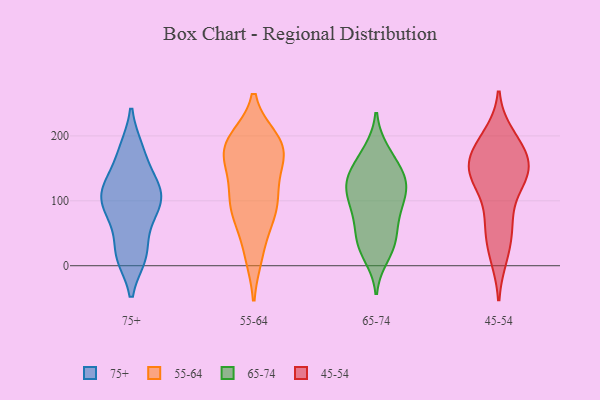
{"axis": {"x": "Website Visitors", "y": "Value"}, "legend": ["45-54", "55-64", "65-74", "75+"], "data": [{"x": "", "y": 91, "type": "75+"}, {"x": "", "y": 123, "type": "75+"}, {"x": "", "y": 179, "type": "75+"}, {"x": "", "y": 18, "type": "75+"}, {"x": "", "y": 72, "type": "75+"}, {"x": "", "y": 104, "type": "75+"}, {"x": "", "y": 133, "type": "75+"}, {"x": "", "y": 15, "type": "75+"}, {"x": "", "y": 78, "type": "75+"}, {"x": "", "y": 119, "type": "75+"}, {"x": "", "y": 109, "type": "75+"}, {"x": "", "y": 16, "type": "75+"}, {"x": "", "y": 178, "type": "75+"}, {"x": "", "y": 139, "type": "55-64"}, {"x": "", "y": 165, "type": "55-64"}, {"x": "", "y": 195, "type": "55-64"}, {"x": "", "y": 101, "type": "55-64"}, {"x": "", "y": 172, "type": "55-64"}, {"x": "", "y": 16, "type": "55-64"}, {"x": "", "y": 87, "type": "55-64"}, {"x": "", "y": 183, "type": "55-64"}, {"x": "", "y": 163, "type": "55-64"}, {"x": "", "y": 113, "type": "55-64"}, {"x": "", "y": 16, "type": "55-64"}, {"x": "", "y": 168, "type": "55-64"}, {"x": "", "y": 109, "type": "55-64"}, {"x": "", "y": 195, "type": "55-64"}, {"x": "", "y": 86, "type": "55-64"}, {"x": "", "y": 195, "type": "55-64"}, {"x": "", "y": 189, "type": "55-64"}, {"x": "", "y": 72, "type": "55-64"}, {"x": "", "y": 70, "type": "55-64"}, {"x": "", "y": 87, "type": "65-74"}, {"x": "", "y": 173, "type": "65-74"}, {"x": "", "y": 42, "type": "65-74"}, {"x": "", "y": 129, "type": "65-74"}, {"x": "", "y": 83, "type": "65-74"}, {"x": "", "y": 176, "type": "65-74"}, {"x": "", "y": 137, "type": "65-74"}, {"x": "", "y": 28, "type": "65-74"}, {"x": "", "y": 99, "type": "65-74"}, {"x": "", "y": 80, "type": "65-74"}, {"x": "", "y": 135, "type": "65-74"}, {"x": "", "y": 152, "type": "65-74"}, {"x": "", "y": 16, "type": "65-74"}, {"x": "", "y": 125, "type": "65-74"}, {"x": "", "y": 49, "type": "65-74"}, {"x": "", "y": 31, "type": "65-74"}, {"x": "", "y": 117, "type": "65-74"}, {"x": "", "y": 123, "type": "65-74"}, {"x": "", "y": 184, "type": "45-54"}, {"x": "", "y": 144, "type": "45-54"}, {"x": "", "y": 22, "type": "45-54"}, {"x": "", "y": 64, "type": "45-54"}, {"x": "", "y": 164, "type": "45-54"}, {"x": "", "y": 135, "type": "45-54"}, {"x": "", "y": 60, "type": "45-54"}, {"x": "", "y": 126, "type": "45-54"}, {"x": "", "y": 16, "type": "45-54"}, {"x": "", "y": 138, "type": "45-54"}, {"x": "", "y": 141, "type": "45-54"}, {"x": "", "y": 181, "type": "45-54"}, {"x": "", "y": 199, "type": "45-54"}, {"x": "", "y": 71, "type": "45-54"}, {"x": "", "y": 154, "type": "45-54"}, {"x": "", "y": 189, "type": "45-54"}, {"x": "", "y": 144, "type": "45-54"}]}